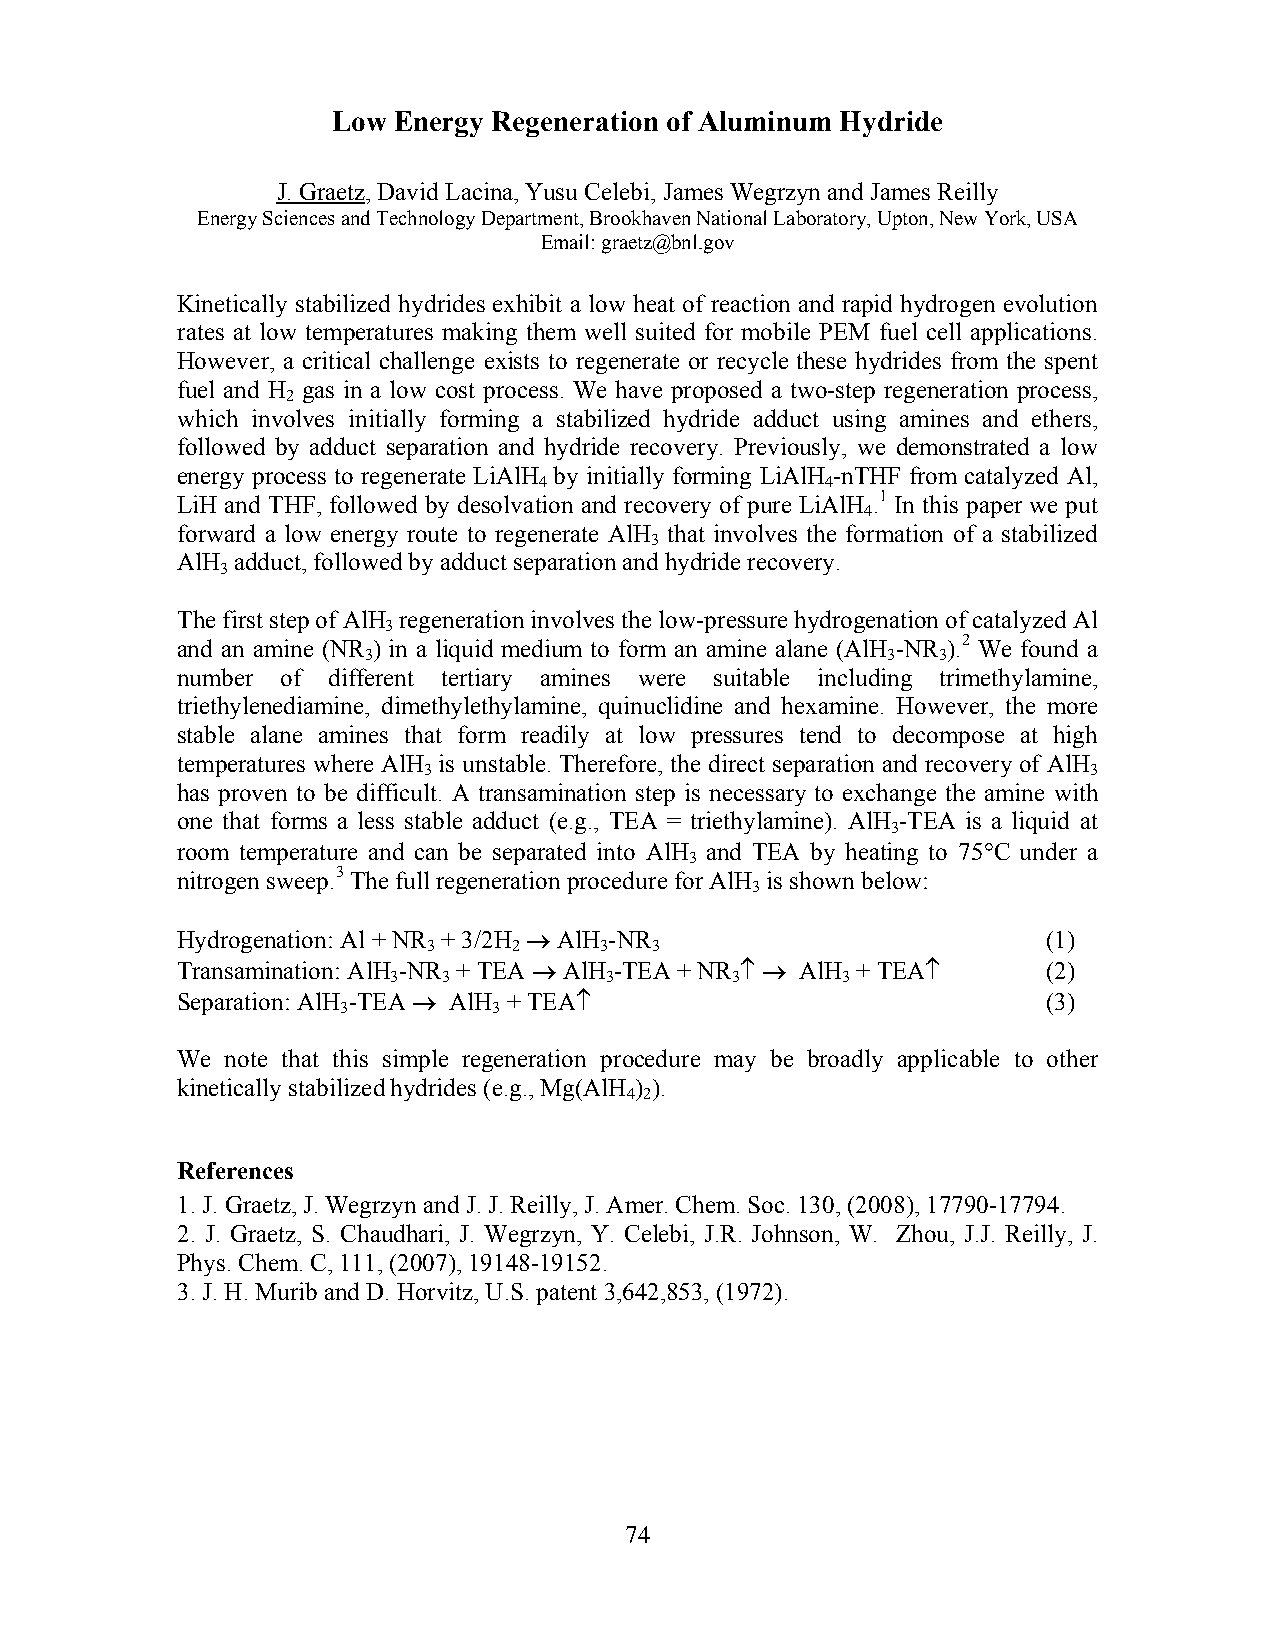
Low Energy Regeneration of Aluminum Hydride
 J. Graetz, David Lacina, Yusu Celebi, James Wegrzyn and James Reilly
 Energy Sciences and Technology Department, Brookhaven National Laboratory, Upton, New York, USA
 Email: graetz@bnl.gov
 Kinetically stabilized hydrides exhibit a low heat of reaction and rapid hydrogen evolution
 rates at low temperatures making them well suited for mobile PEM fuel cell applications.
 However, a critical challenge exists to regenerate or recycle these hydrides from the spent
 fuel and H gas in a low cost process. We have proposed a two-step regeneration process,
 2
 which involves initially forming a stabilized hydride adduct using amines and ethers,
 followed by adduct separation and hydride recovery. Previously, we demonstrated a low
 energy process to regenerate LiAlH by initially forming LiAlH -nTHF from catalyzed Al,
 4                  4
 LiH and THF, followed by desolvation and recovery of pure LiAlH .1 In this paper we put
 4
 forward a low energy route to regenerate AlH that involves the formation of a stabilized
 3
 AlH adduct, followed by adduct separation and hydride recovery.
 3
 The first step of AlH regeneration involves the low-pressure hydrogenation of catalyzed Al
 3
 and an amine (NR ) in a liquid medium to form an amine alane (AlH -NR ).2 We found a
 3                                  3  3
 number of different tertiary amines were suitable including trimethylamine,
 triethylenediamine, dimethylethylamine, quinuclidine and hexamine. However, the more
 stable alane amines that form readily at low pressures tend to decompose at high
 temperatures where AlH is unstable. Therefore, the direct separation and recovery of AlH
 3                                           3
 has proven to be difficult. A transamination step is necessary to exchange the amine with
 one that forms a less stable adduct (e.g., TEA = triethylamine). AlH -TEA is a liquid at
 3
 room temperature and can be separated into AlH and TEA by heating to 75°C under a
 3
 nitrogen sweep.3 The full regeneration procedure for AlH is shown below:
 3
 Hydrogenation: Al + NR + 3/2H → AlH -NR                  (1)
 3     2     3  3
 Transamination: AlH -NR + TEA → AlH -TEA + NR ↑ → AlH + TEA↑ (2)
 3  3          3       3       3
 Separation: AlH -TEA → AlH + TEA↑                        (3)
 3         3
 We note that this simple regeneration procedure may be broadly applicable to other
 kinetically stabilized hydrides (e.g., Mg(AlH ) ).
 4 2
 References
 1. J. Graetz, J. Wegrzyn and J. J. Reilly, J. Amer. Chem. Soc. 130, (2008), 17790-17794.
 2. J. Graetz, S. Chaudhari, J. Wegrzyn, Y. Celebi, J.R. Johnson, W. Zhou, J.J. Reilly, J.
 Phys. Chem. C, 111, (2007), 19148-19152.
 3. J. H. Murib and D. Horvitz, U.S. patent 3,642,853, (1972).
 74